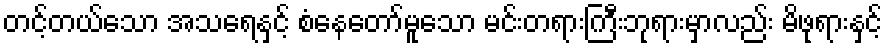
တင့်တယ်သော အသရေနှင့် စံနေတော်မူသော မင်းတရားကြီးဘုရားမှာလည်း မိဖုရားနှင့်